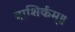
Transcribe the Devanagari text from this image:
वाशिर्कम्॥